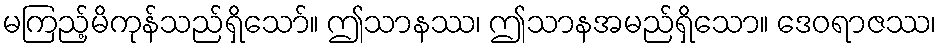
မကြည့်မိကုန်သည်ရှိသော်။ ဤသာနဿ၊ ဤသာနအမည်ရှိသော။ ဒေဝရာဇဿ၊